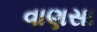
વાણસા